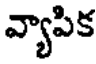
వ్యాపిక